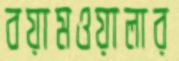
বয়ামওয়ালার